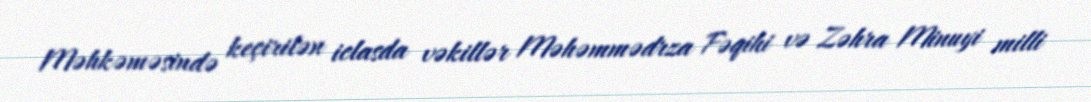
Məhkəməsində keçirilən iclasda vəkillər Məhəmmədrza Fəqihi və Zəhra Minuyi milli